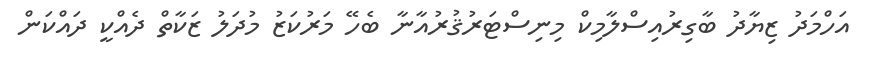
އަހްމަދު ޒިޔާދު ބާގިރުއިސްލާމިކް މިނިސްޓަރުޤުރުއާނާ ބެހޭ މަރުކަޒު މުދަލު ޒަކާތް ދެއްކީ ދައްކަން